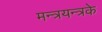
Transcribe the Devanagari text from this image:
मन्त्रयन्त्रके